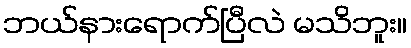
ဘယ်နားရောက်ပြီလဲ မသိဘူး။